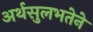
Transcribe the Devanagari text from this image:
अर्थसुलभतेने